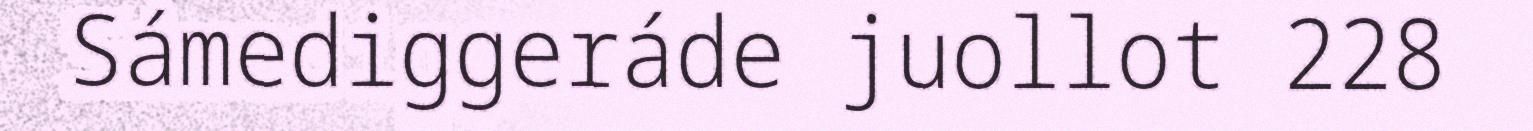
Sámediggeráde juollot 228